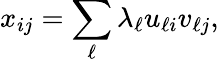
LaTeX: x_{ij}=\sum_{\ell}\lambda_{\ell}u_{\ell i}v_{\ell j},